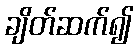
ချိတ်ဆက်၍